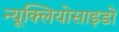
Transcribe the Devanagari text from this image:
न्यूक्लियोसाइडों